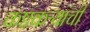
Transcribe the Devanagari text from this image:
कष्टकऱ्यांची